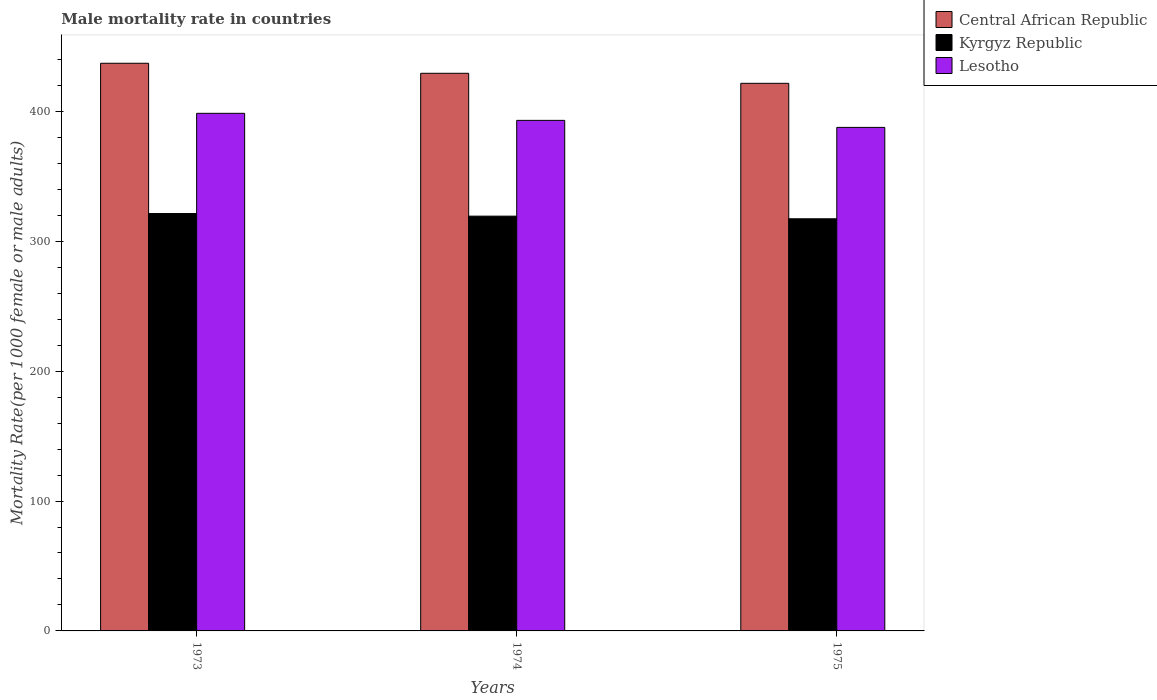
| Years | Central African Republic | Kyrgyz Republic | Lesotho |
 | --- | --- | --- | --- |
 | 1973 | 437 | 321 | 398 |
 | 1974 | 429 | 319 | 393 |
 | 1975 | 422 | 317 | 388 |